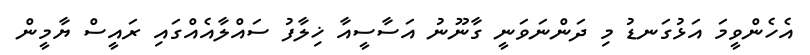
އެހެންވީމަ އަޅުގަނޑު މި ދަންނަވަނީ ގާނޫނު އަސާސީއާ ޚިލާފު ސައްލާއެއްގައި ރައީސް ޔާމީން